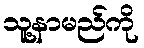
သူ့နာမည်ကို